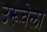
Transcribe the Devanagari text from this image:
उरूवेला